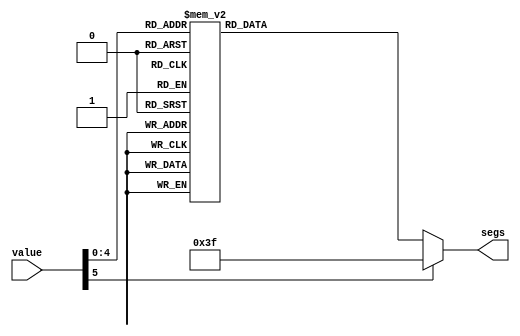
module digit_lut_16 (
    input [5:0] value,
    output reg [7:0] segs
  );
  
  
  
  always @* begin
    
    case (value)
      1'h0: begin
        segs = 7'h3f;
      end
      1'h1: begin
        segs = 7'h06;
      end
      2'h2: begin
        segs = 7'h5b;
      end
      2'h3: begin
        segs = 7'h4f;
      end
      3'h4: begin
        segs = 7'h66;
      end
      3'h5: begin
        segs = 7'h6d;
      end
      3'h6: begin
        segs = 7'h7d;
      end
      3'h7: begin
        segs = 7'h07;
      end
      4'h8: begin
        segs = 7'h7f;
      end
      4'h9: begin
        segs = 7'h67;
      end
      4'ha: begin
        segs = 7'h00;
      end
      4'hb: begin
        segs = 7'h77;
      end
      4'hc: begin
        segs = 7'h38;
      end
      4'hd: begin
        segs = 7'h3e;
      end
      4'he: begin
        segs = 7'h7c;
      end
      4'hf: begin
        segs = 7'h73;
      end
      5'h10: begin
        segs = 7'h79;
      end
      default: begin
        segs = 7'h3f;
      end
    endcase
  end
endmodule